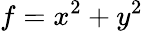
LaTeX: f=x^{2}+y^{2}